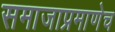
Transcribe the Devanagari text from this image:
समाजाप्रमाणेच